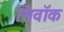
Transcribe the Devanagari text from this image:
सिवॉक